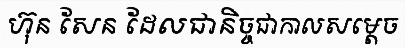
ហ៊ុន សែន ដែលជានិច្ចជាកាលសម្តេច